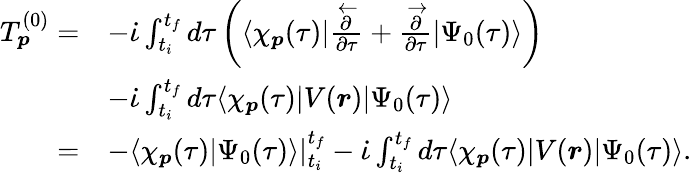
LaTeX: \begin{array}{rl}{T_{\boldsymbol{p}}^{(0)}=}&{-\dot{\iota}\int_{t_{i}}^{t_{f}}d\tau\left(\langle\chi_{\boldsymbol{p}}(\tau)|\frac{\overleftarrow{\partial}}{\partial\tau}+\frac{\overrightarrow{\partial}}{\partial\tau}|\Psi_{0}(\tau)\rangle\right)}\\ &{-\dot{\iota}\int_{t_{i}}^{t_{f}}d\tau\langle\chi_{\boldsymbol{p}}(\tau)|V(\boldsymbol{r})|\Psi_{0}(\tau)\rangle}\\ {=}&{-\langle\chi_{\boldsymbol{p}}(\tau)|\Psi_{0}(\tau)\rangle|_{t_{i}}^{t_{f}}-\dot{\iota}\int_{t_{i}}^{t_{f}}d\tau\langle\chi_{\boldsymbol{p}}(\tau)|V(\boldsymbol{r})|\Psi_{0}(\tau)\rangle.}\end{array}